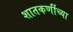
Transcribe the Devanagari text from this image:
शातकर्णीच्या